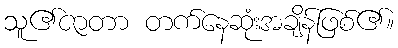
သူ၏ဇာတာ တက်နေဆုံးအချိန်ဖြစ်၏။